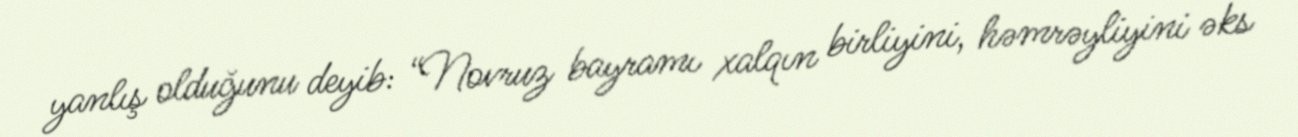
yanlış olduğunu deyib: “Novruz bayramı xalqın birliyini, həmrəyliyini əks